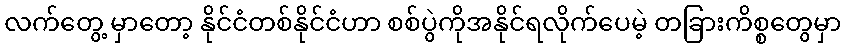
လက်တွေ့ မှာတော့ နိုင်ငံတစ်နိုင်ငံဟာ စစ်ပွဲကိုအနိုင်ရလိုက်ပေမဲ့ တခြားကိစ္စတွေမှာ